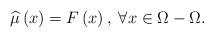
LaTeX: \begin{align*}\widehat{\mu}\left(x\right)=F\left(x\right),\;\forall x\in\Omega-\Omega.\end{align*}